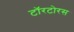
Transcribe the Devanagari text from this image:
टॉरटोरस